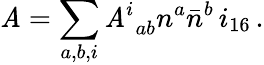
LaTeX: {\cal\mathit{A}}=\sum_{a,b,i}{\cal\mathit{A}}_{\, \, ab}^{i}n^{a}{\bar{{n}}}^{b}\, i_{16}\, .